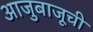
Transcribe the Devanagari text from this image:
आजुबाजूची